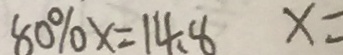
8 0 \% x = 1 4 . 8 x =